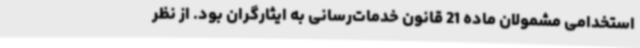
استخدامی مشمولان ماده 21 قانون خدمات‌رسانی به ایثارگران بود. از نظر